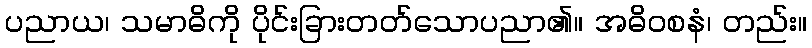
ပညာယ၊ သမာဓိကို ပိုင်းခြားတတ်သောပညာ၏။ အဓိဝစနံ၊ တည်း။